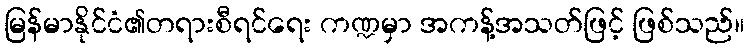
မြန်မာနိုင်ငံ၏တရားစီရင်ရေး ကဏ္ဍမှာ အကန့်အသတ်ဖြင့် ဖြစ်သည်။